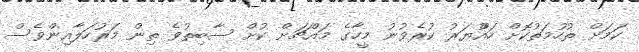
ކަމަށް ތުހުމަތުކޮށް ހައްުޔަރު ކުރެވުނު މީހާގެ މައްޗަށް ކުށް ސާބިތުވެ ތިން މަރުހަލާއިންވެސް